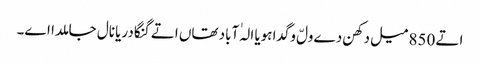
اتے 850 میل دکھن دے ولّ وگدا ہویا الہٰ آباد تھاں اتے گنگا دریا نال جا ملدا اے۔